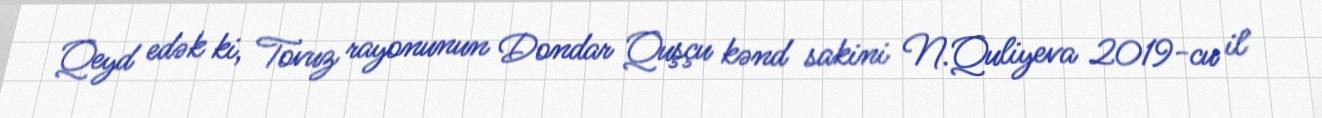
Qeyd edək ki, Tovuz rayonunun Dondar Quşçu kənd sakini N.Quliyeva 2019-cu il